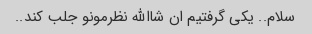
سلام.. یکی گرفتیم ان شاالله نظرمونو جلب کند..